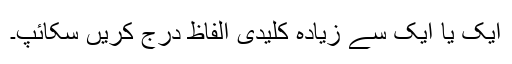
ایک یا ایک سے زیادہ کلیدی الفاظ درج کریں سکائپ۔